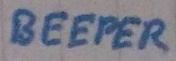
Text: BEEPER